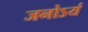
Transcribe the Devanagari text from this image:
जनोऽयं